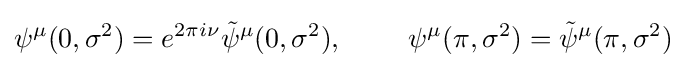
\psi ^{\mu }(0,\sigma ^{2})=e^{2\pi i\nu }{\tilde {\psi }}^{\mu }(0,\sigma ^{2}),\ \ \ \ \ \ \ \psi ^{\mu }(\pi ,\sigma ^{2})={\tilde {\psi }}^{\mu }(\pi ,\sigma ^{2})